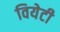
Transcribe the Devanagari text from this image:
वियेटी